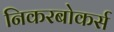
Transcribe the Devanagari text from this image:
निकरबोकर्स